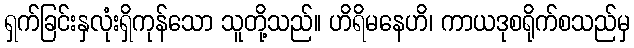
ရှက်ခြင်းနှလုံးရှိကုန်သော သူတို့သည်။ ဟိရိမနေဟိ၊ ကာယဒုစရိုက်စသည်မှ